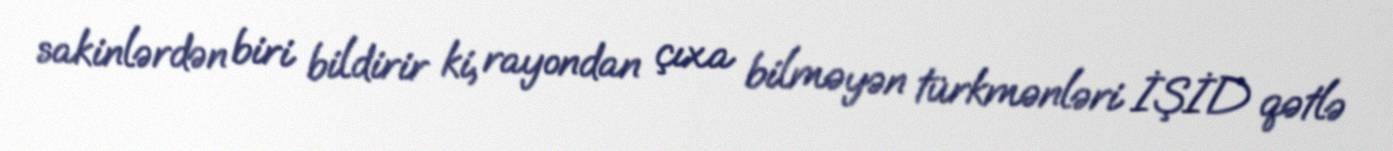
sakinlərdən biri bildirir ki, rayondan çıxa bilməyən türkmənləri İŞİD qətlə